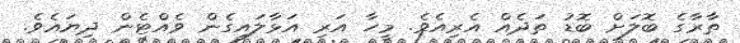
ތާރާގެ ބޮލަށް ބޮޑު ތަދެއް އެރިއެވެ. މީހާ އަރި އަޅާލައިގެން ވެއްޓެން ދިޔައެވެ.